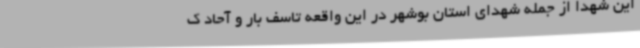
این شهدا از جمله شهدای استان بوشهر در این واقعه تاسف بار و آحاد ک